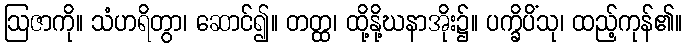
ဩဇာကို။ သံဟရိတွာ၊ ဆောင်၍။ တတ္ထ၊ ထို့နို့ဃနာအိုး၌။ ပက္ခိပိံသု၊ ထည့်ကုန်၏။